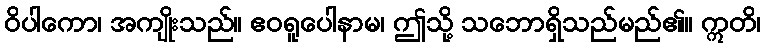
ဝိပါကော၊ အကျိုးသည်။ ဧဝရူပေါနာမ၊ ဤသို့ သဘောရှိသည်မည်၏။ ဣတိ၊